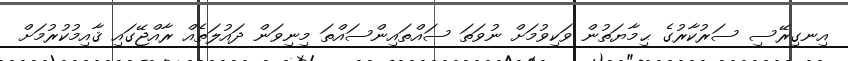
އިނގިރޭސި ސަރުކާރުގެ ޙިމާޔަތުން ވަކިވުމަށް ނުވަތަ ސައްތައިންސައްތަ މިނިވަން ދައުލަތެއް ރާއްޖޭގައި ޤާއިމުކުރުމަށް